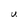
Character: U